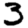
Digit: 3